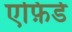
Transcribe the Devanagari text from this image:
एफ़िर्ड